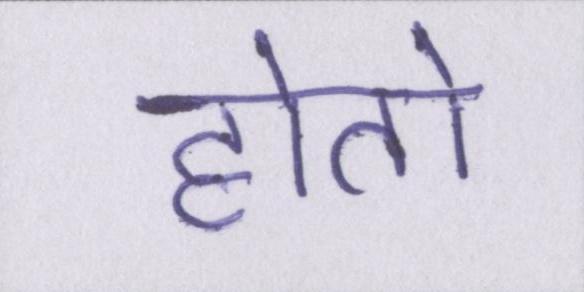
होतो